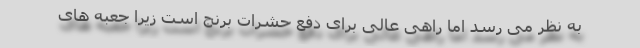
به نظر می رسد اما راهی عالی برای دفع حشرات برنج است زیرا جعبه های